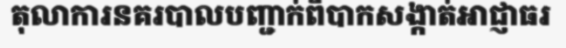
តុលាការនគរបាលបញ្ជាក់ពិបាកសង្កាត់អាជ្ញាធរ